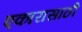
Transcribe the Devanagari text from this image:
एकारासाठी